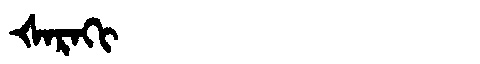
Manchu: ᡧᠠᡵᠠᡴᡳ
Romanization: ŠARAKI